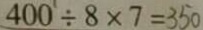
4 0 0 \div 8 \times 7 = 3 5 0